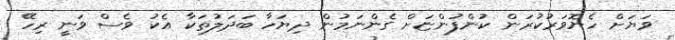
ވަޔަށް ހެޔޮވަރުކުރަން ކުންފުންޏަށް ގެންނަމުން ދިޔަހާ ބަދަލުތަކާ އެކު ވެސް ވަނީ ރިހޭ